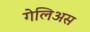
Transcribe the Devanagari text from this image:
गेलिअस